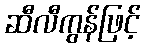
ဆီလီကွန်ဖြင့်